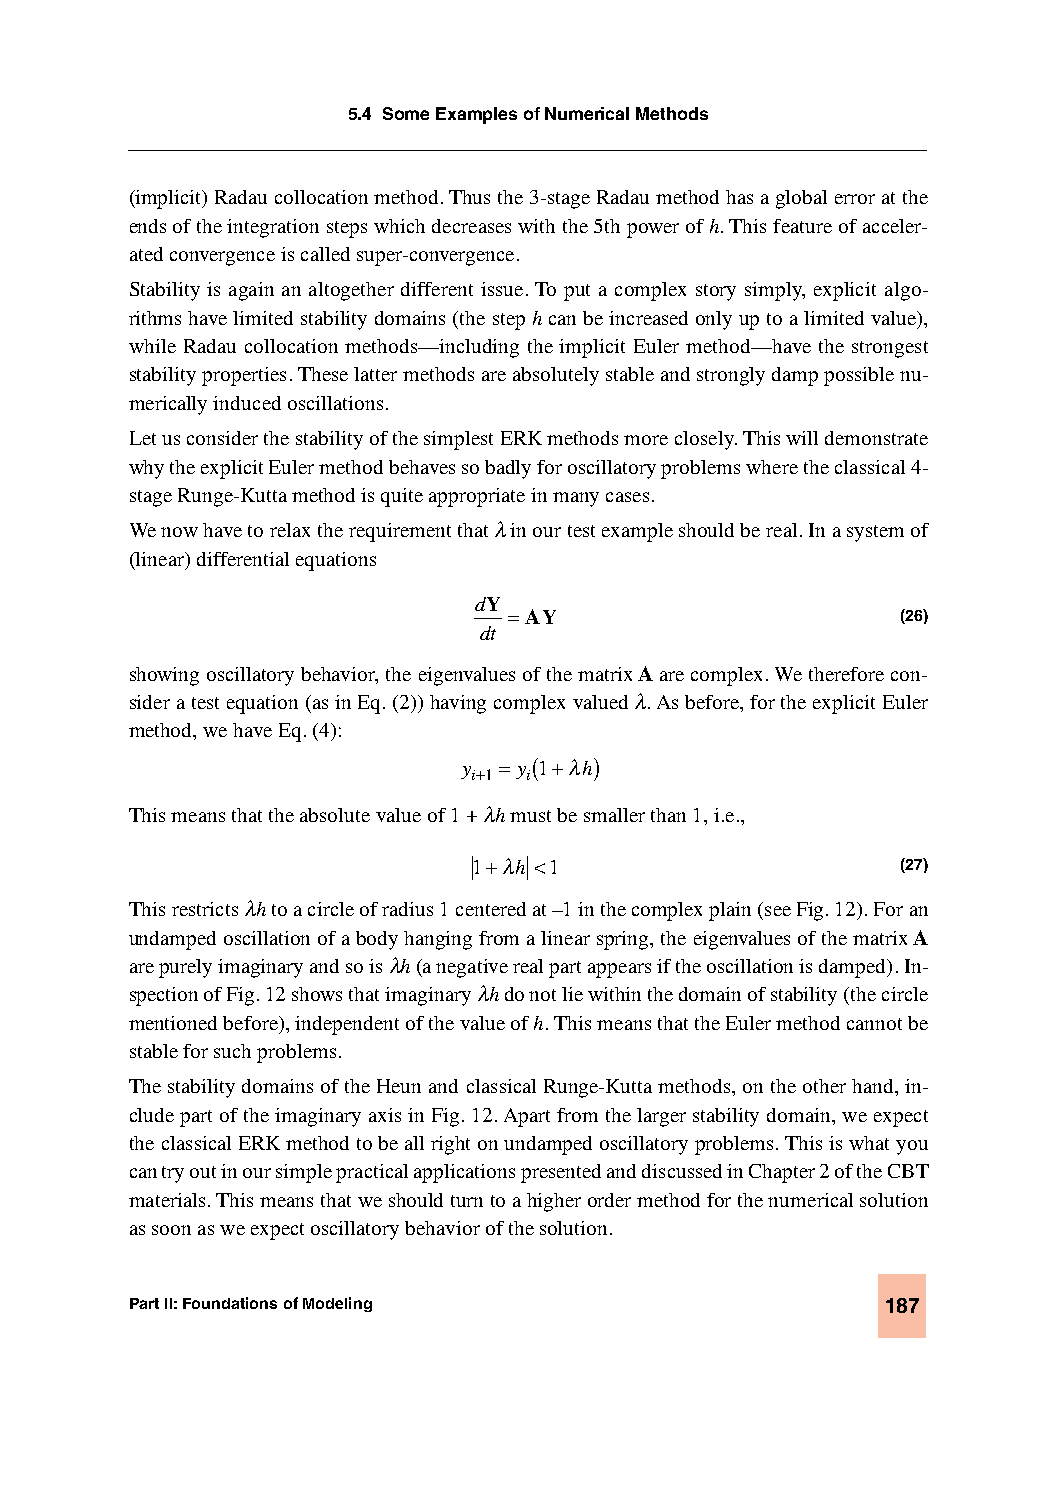
5.4 Some Examples of Numerical Methods
 (implicit) Radau collocation method. Thus the 3-stage Radau method has a global error at the
 ends of the integration steps which decreases with the 5th power of h. This feature of acceler-
 ated convergence is called super-convergence.
 Stability is again an altogether different issue. To put a complex story simply, explicit algo-
 rithms have limited stability domains (the step h can be increased only up to a limited value),
 while Radau collocation methods—including the implicit Euler method—have the strongest
 stability properties. These latter methods are absolutely stable and strongly damp possible nu-
 merically induced oscillations.
 Let us consider the stability of the simplest ERK methods more closely. This will demonstrate
 why the explicit Euler method behaves so badly for oscillatory problems where the classical 4-
 stage Runge-Kutta method is quite appropriate in many cases.
 We now have to relax the requirement that λ in our test example should be real. In a system of
 (linear) differential equations
 dY
 =AY                       (26)
 dt
 showing oscillatory behavior, the eigenvalues of the matrix A are complex. We therefore con-
 sider a test equation (as in Eq. (2)) having complex valued λ. As before, for the explicit Euler
 method, we have Eq. (4):
 y i+1= y i( 1+λh)
 This means that the absolute value of 1 + λh must be smaller than 1, i.e.,
 1+λh <1                      (27)
 This restricts λh to a circle of radius 1 centered at –1 in the complex plain (see Fig. 12). For an
 undamped oscillation of a body hanging from a linear spring, the eigenvalues of the matrix A
 are purely imaginary and so is λh (a negative real part appears if the oscillation is damped). In-
 spection of Fig. 12 shows that imaginary λh do not lie within the domain of stability (the circle
 mentioned before), independent of the value of h. This means that the Euler method cannot be
 stable for such problems.
 The stability domains of the Heun and classical Runge-Kutta methods, on the other hand, in-
 clude part of the imaginary axis in Fig. 12. Apart from the larger stability domain, we expect
 the classical ERK method to be all right on undamped oscillatory problems. This is what you
 can try out in our simple practical applications presented and discussed in Chapter 2 of the CBT
 materials. This means that we should turn to a higher order method for the numerical solution
 as soon as we expect oscillatory behavior of the solution.
 Part II: Foundations of Modeling                  187